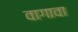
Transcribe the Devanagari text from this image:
वागावा